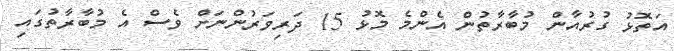
އަތޮޅު ގުރުއާން މުބާރާތުން އެންމެ މޮޅު 15 ދަރިވަރުންނަށް ވެސް އެ މުބާރާތުގައި